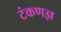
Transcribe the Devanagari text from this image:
टंकणज्ञ